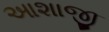
આશાજી